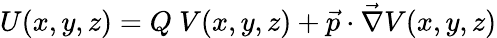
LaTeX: U(x,y,z)=Q\ V(x,y,z)+\vec{p}\cdot\vec{\nabla}V(x,y,z)